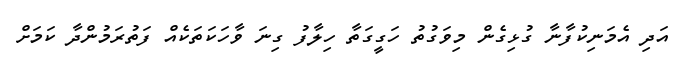
އަދި އެމަނިކުފާނާ ގުޅިގެން މިވަގުތު ހަގީގަތާ ހިލާފު ގިނަ ވާހަކަތަކެއް ފަތުރަމުންދާ ކަމަށް